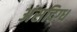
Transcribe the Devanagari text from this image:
अंसदिग्ध